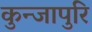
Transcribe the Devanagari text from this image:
कुन्जापुरि